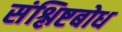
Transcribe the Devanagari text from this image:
संश्लिष्टबोध